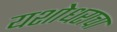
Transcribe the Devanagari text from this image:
यशोधराचा